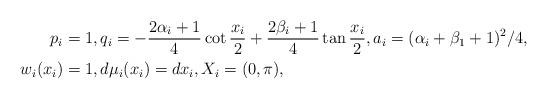
LaTeX: \begin{align*}p_i&=1,q_i=-\frac{2\alpha_i+1}{4}\cot\frac{x_i}{2}+\frac{2\beta_i+1}{4}\tan\frac{x_i}{2} ,a_i=(\alpha_i+\beta_1+1)^2/4,\\ w_i(x_i)&=1,d\mu_i(x_i)=dx_i,X_i=(0,\pi),\end{align*}